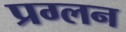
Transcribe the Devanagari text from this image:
प्रग्लन